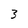
Character: 3